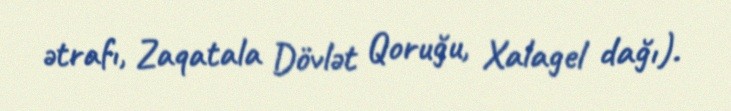
ətrafı, Zaqatala Dövlət Qoruğu, Xalagel dağı).